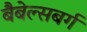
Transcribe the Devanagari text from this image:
बैबेल्सबर्ग